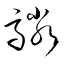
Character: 驎